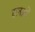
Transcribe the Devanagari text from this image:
रत्नओं